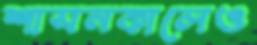
শাসনকালেও